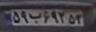
۵۹ب۶۹۲۵۳